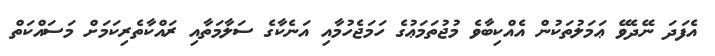
އެފަދަ ނޭދެވޭ ޢަމަލުތަކުން އެއްކިބާވެ މުޖުތަމަޢުގެ ހަމަޖެހުމާއި އަނެކާގެ ސަލާމަތާއި ރައްކާތެރިކަމަށް މަސައްކަތް